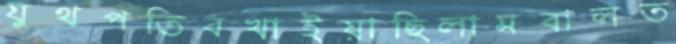
যুথপতিবখাইয়াছিলামবালত